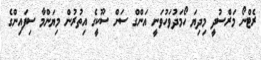
ރެޓްނޯ މަރްސުދީ މިދިޔަ ހޯމަދުވަހުވަނީ އަންގް ސަން ސޫކީގެ އިތުރުން މިޔަންމާ ސިފައިންގެ